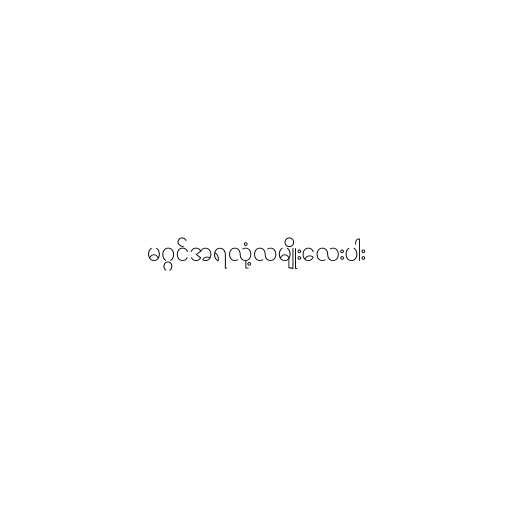
မဂ္ဂင်အရလုံ့လမျိုးလေးပါး